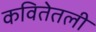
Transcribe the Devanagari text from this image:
कवितेतली